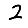
Digit: 2